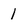
Character: 1